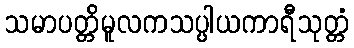
သမာပတ္တိမူလကသပ္ပါယကာရီသုတ္တံ